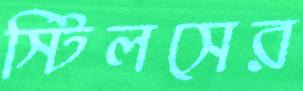
স্টিলসের